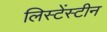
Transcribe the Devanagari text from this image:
लिस्टेंस्टीन